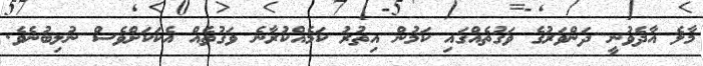
މާލެ އާދެވުނީ ދަންވަރުގެ ވަގުތެއްގައި ކަމުން އިތުރު ކަމެއްކުރާނެ ވަގުތެއް އެކަކަށްވެސް ނުލިބުނެވެ.